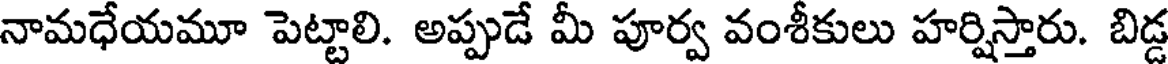
నామధేయమూ పెట్టాలి. అప్పుడే మీ పూర్వ వంశీకులు హర్షిస్తారు. బిడ్డ